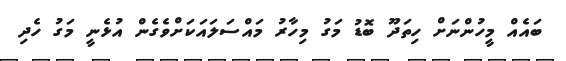
ބައެއް މީހުންނަށް ހިތަދޫ ބޮޑު މަގު މިހާރު މައްސަލައަކަށްވެގެން އުޅެނީ މަގު ހެދި